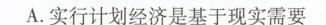
A.实行计划经济是基于现实需要